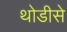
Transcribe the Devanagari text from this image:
थोडीसे